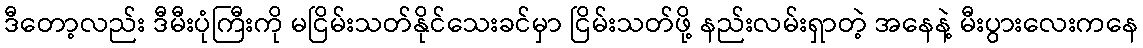
ဒီတော့လည်း ဒီမီးပုံကြီးကို မငြိမ်းသတ်နိုင်သေးခင်မှာ ငြိမ်းသတ်ဖို့ နည်းလမ်းရှာတဲ့ အနေနဲ့ မီးပွားလေးကနေ